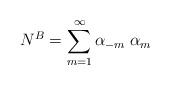
\begin{align*}N^B=\sum_{m=1}^{\infty}\alpha_{-m}\; \alpha_m\end{align*}